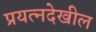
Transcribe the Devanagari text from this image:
प्रयत्नदेखील